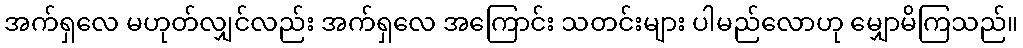
အက်ရှလေ မဟုတ်လျှင်လည်း အက်ရှလေ အကြောင်း သတင်းများ ပါမည်လောဟု မျှောမိကြသည်။